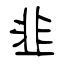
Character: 韭